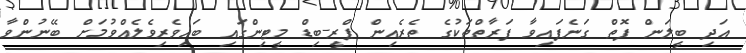
އަދި ބީލަން ފޮތް ގަނެފައިވާ ފަރާތްތަކުގެ ތެރެއިން ޕްރީ-ބިޑް މީޓިންގައި ބައިވެރިވެލެއްވުމަށް ބޭނުންވާ